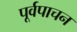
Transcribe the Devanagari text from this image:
पूर्वपाचन